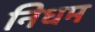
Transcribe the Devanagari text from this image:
निधम